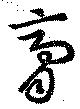
膏